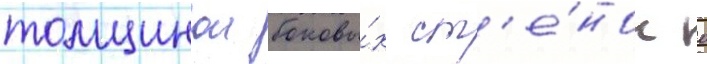
толщинои боковы́х ст'е́нок 0